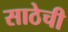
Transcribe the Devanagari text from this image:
साठेची